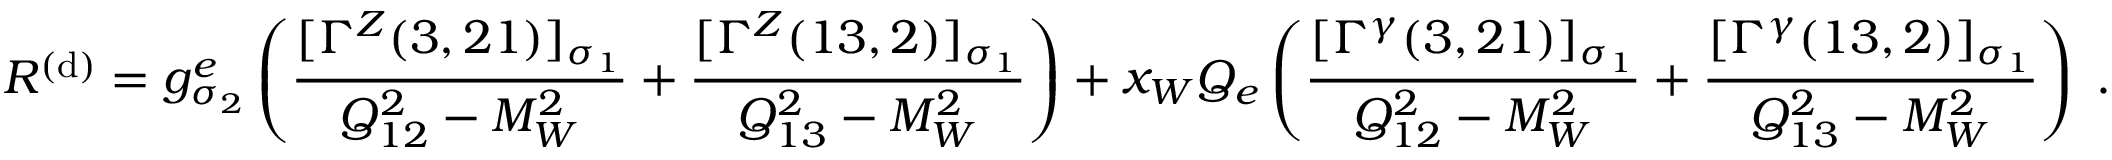
{ \cal R } ^ { ( \mathrm { d } ) } = g _ { \sigma _ { 2 } } ^ { e } \left( \frac { [ \Gamma ^ { Z } ( 3 , 2 1 ) ] _ { \sigma _ { 1 } } } { Q _ { 1 2 } ^ { 2 } - M _ { W } ^ { 2 } } + \frac { [ \Gamma ^ { Z } ( 1 3 , 2 ) ] _ { \sigma _ { 1 } } } { Q _ { 1 3 } ^ { 2 } - M _ { W } ^ { 2 } } \right) + x _ { W } Q _ { e } \left( \frac { [ \Gamma ^ { \gamma } ( 3 , 2 1 ) ] _ { \sigma _ { 1 } } } { Q _ { 1 2 } ^ { 2 } - M _ { W } ^ { 2 } } + \frac { [ \Gamma ^ { \gamma } ( 1 3 , 2 ) ] _ { \sigma _ { 1 } } } { Q _ { 1 3 } ^ { 2 } - M _ { W } ^ { 2 } } \right) \; .